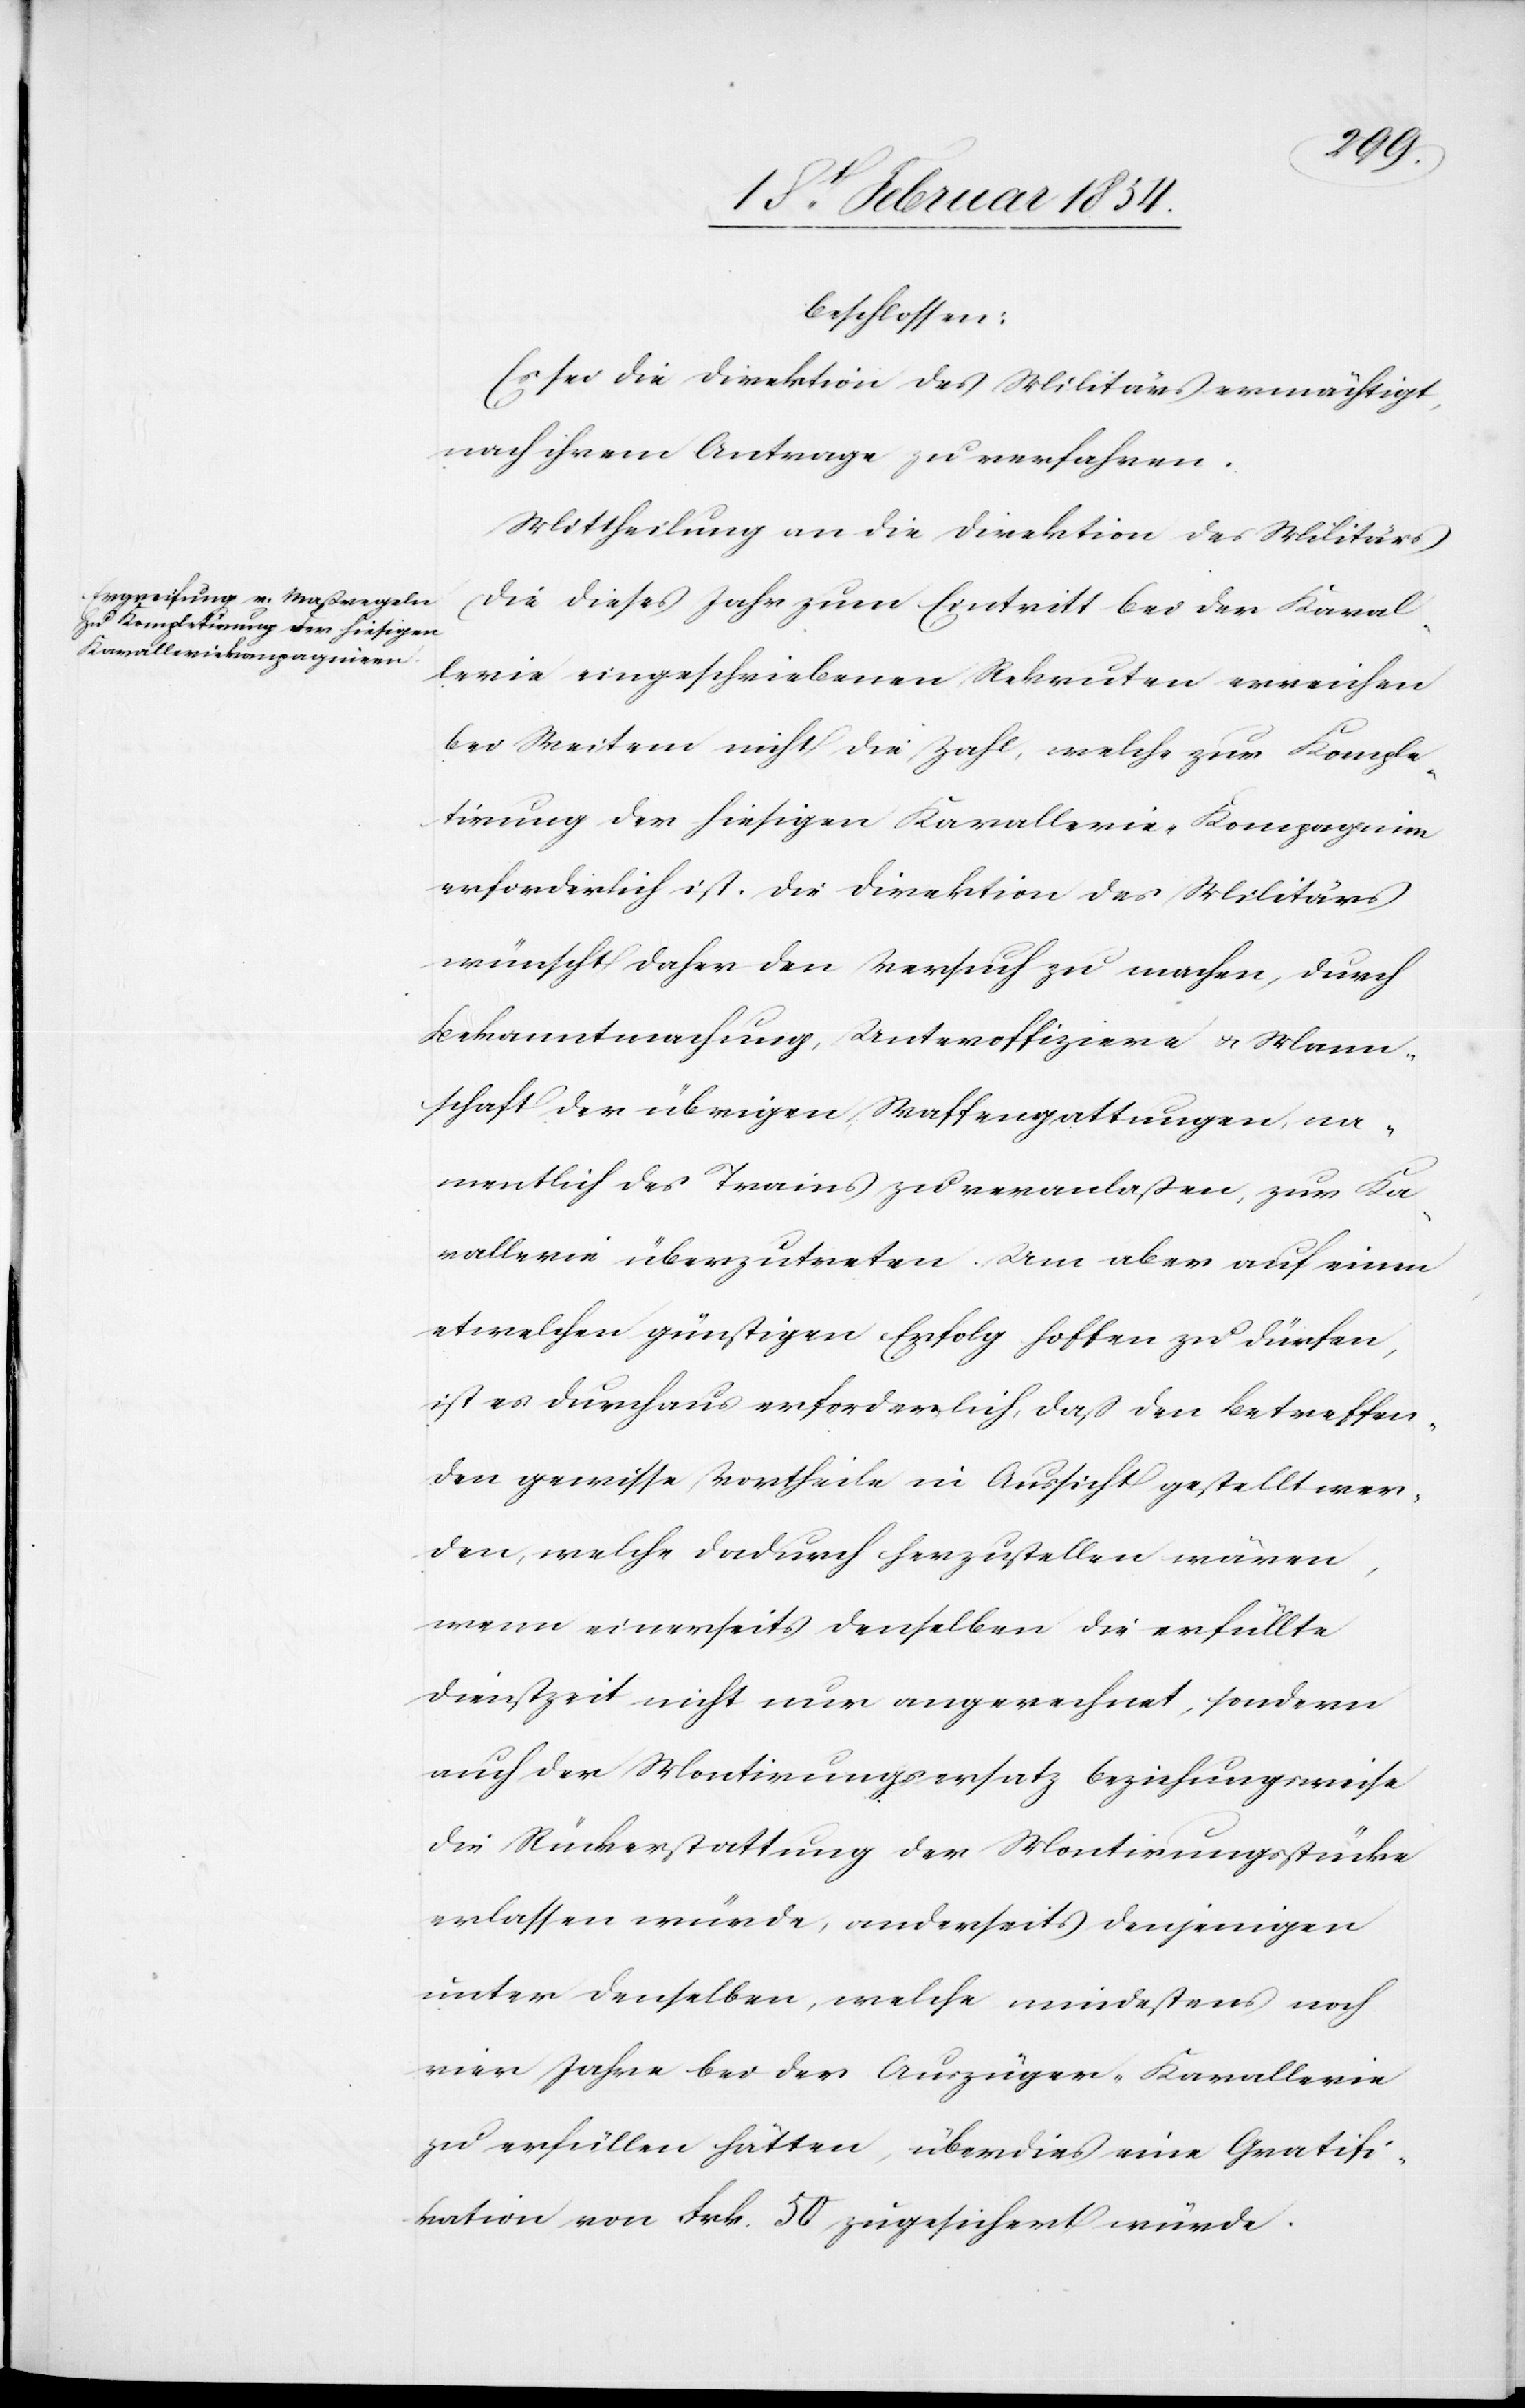
beschlossen:
Es sei die Direktion des Militärs ermächtigt,
nach ihrem Antrage zu verfahren.
Mittheilung an die Direktion des Millitärs.
Die dieses Jahr zum Eintritt bei der Kaval¬
lerie eingeschriebenen Rekruten erreichen
bei Weitem nicht die Zahl, welche zur Komple¬
tirung der hiesigen Kavallerie-Kompagnien
erforderlich ist. Die Direktion des Militärs
wünscht daher den Versuch zu machen, durch
Bekanntmachung, Unteroffiziere u. Mann¬
schaft der übrigen Waffengattungen, na¬
mentlich des Trains zu veranlaßen, zur Ka¬
vallerie überzutreten. Um aber auf einem
etwelchen günstigen Erfolg hoffen zu dürfen,
ist es durchaus erforderlich, daß den Betreffen¬
den gewisse Vortheile in Aussicht gestellt wer¬
den, welche dadurch herzustellen wären,
wenn einerseits denselben die erfüllte
Dienstzeit nicht nur angerechnet, sondern
auch der Montirungsersatz beziehungsweise
die Rückerstattung der Montirungsstücke
erlassen würde, anderseits denjenigen
unter denselben, welche mindestens noch
vier Jahre bei der Auszüger-Kavallerie
zu erfüllen hätten, überdies eine Gratifi¬
kation von Frk. 50 zugesichert würde.